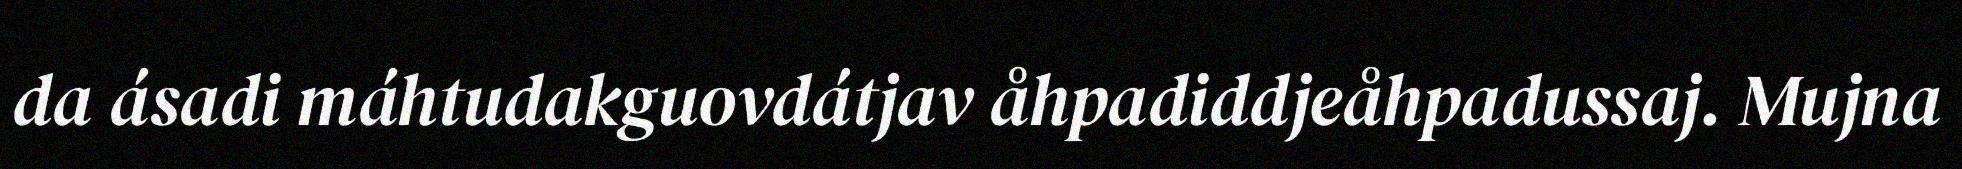
da ásadi máhtudakguovdátjav åhpadiddjeåhpadussaj. Mujna